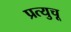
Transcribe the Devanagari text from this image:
प्रत्युचू